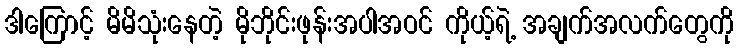
ဒါကြောင့် မိမိသုံးနေတဲ့ မိုဘိုင်းဖုန်းအပါအဝင် ကိုယ့်ရဲ့ အချက်အလက်တွေကို